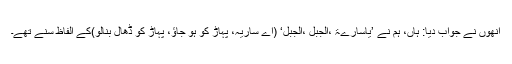
انھوں نے جواب دیا: ہاں، ہم نے ’یاسارےۃ ،الجبل ،الجبل‘ (اے ساریہ، پہاڑ کو ہو جاؤ، پہاڑ کو ڈھال بنالو)کے الفاظ سنے تھے۔